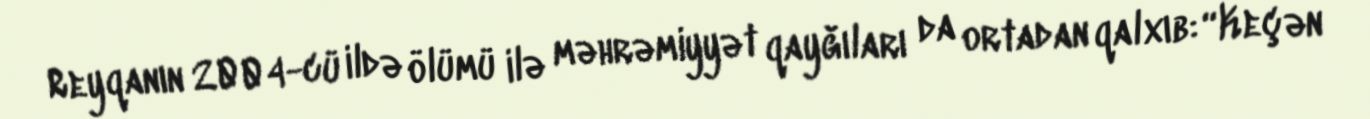
Reyqanın 2004-cü ildə ölümü ilə məhrəmiyyət qayğıları da ortadan qalxıb: “Keçən